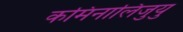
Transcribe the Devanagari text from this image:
कमिनालिजुयु